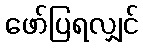
ဖော်ပြရလျှင်